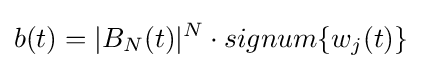
b(t)=|B_{N}(t)|^{N}\cdot signum\{w_{j}(t)\}